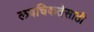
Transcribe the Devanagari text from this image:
लवचिकतेसाठी